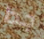
جدا